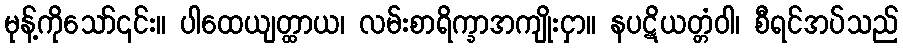
မုန့်ကိုသော်၎င်း။ ပါထေယျတ္ထာယ၊ လမ်းစာရိက္ခာအကျိုးငှာ။ နပဋိယတ္တံဝါ၊ စီရင်အပ်သည်